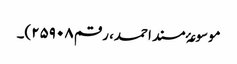
موسوعۂ مسند احمد، رقم ۲۵۹۰۸)۔